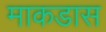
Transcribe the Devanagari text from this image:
माकडास